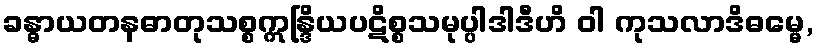
ခန္ဓာယတနဓာတုသစ္စဣန္ဒြိယပဋိစ္စသမုပ္ပါဒါဒီဟိ ဝါ ကုသလာဒိဓမ္မေ,